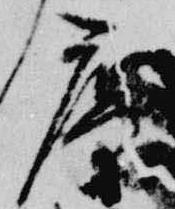
庵